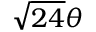
{ \sqrt { 2 4 } } \theta